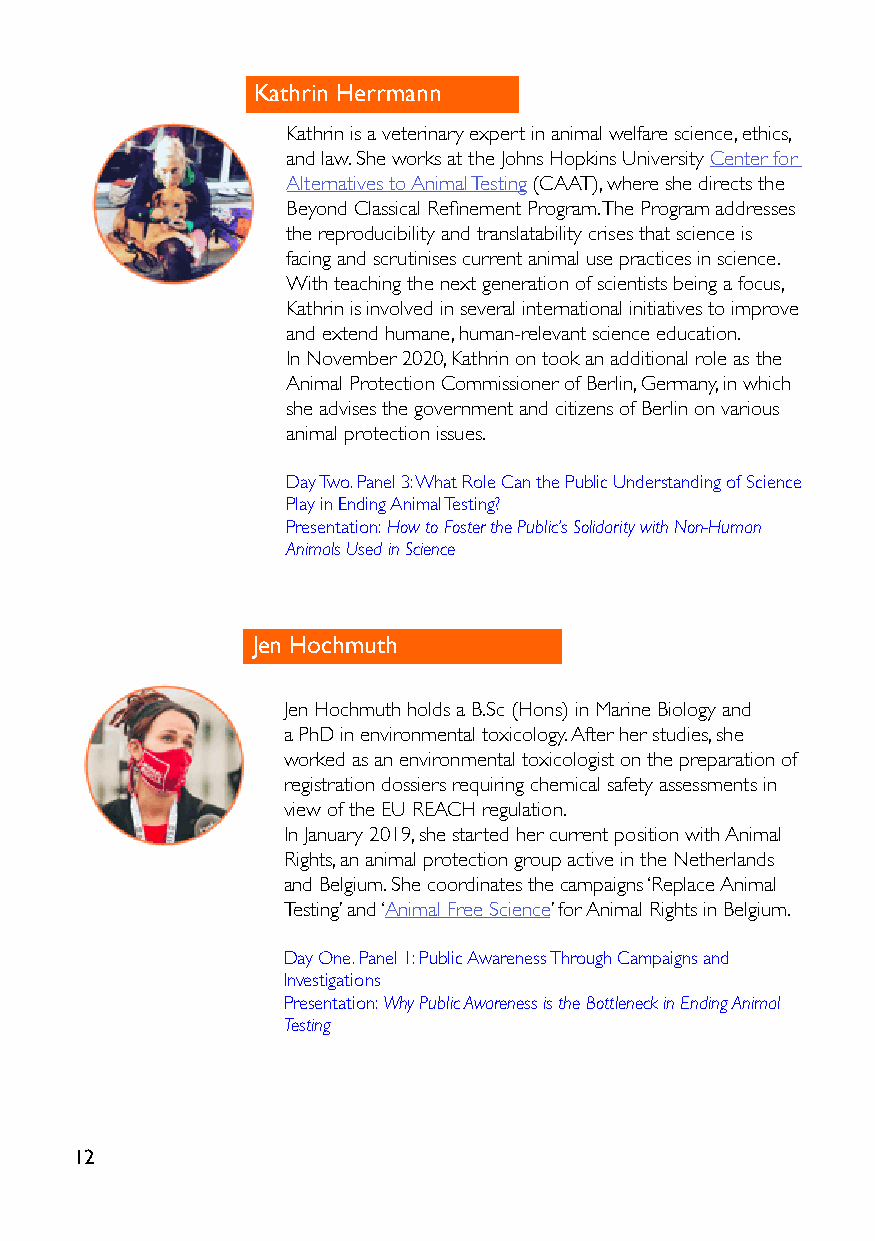
Kathrin Herrmann
 Kathrin is a veterinary expert in animal welfare science, ethics,
 and law. She works at the Johns Hopkins University Center for
 Alternatives to Animal Testing (CAAT), where she directs the
 Beyond Classical Refinement Program. The Program addresses
 the reproducibility and translatability crises that science is
 facing and scrutinises current animal use practices in science.
 With teaching the next generation of scientists being a focus,
 Kathrin is involved in several international initiatives to improve
 and extend humane, human-relevant science education.
 In November 2020, Kathrin on took an additional role as the
 Animal Protection Commissioner of Berlin, Germany, in which
 she advises the government and citizens of Berlin on various
 animal protection issues.
 Day Two. Panel 3: What Role Can the Public Understanding of Science
 Play in Ending Animal Testing?
 Presentation: How to Foster the Public’s Solidarity with Non-Human
 Animals Used in Science
 Jen Hochmuth
 Jen Hochmuth holds a B.Sc (Hons) in Marine Biology and
 a PhD in environmental toxicology. After her studies, she
 worked as an environmental toxicologist on the preparation of
 registration dossiers requiring chemical safety assessments in
 view of the EU REACH regulation.
 In January 2019, she started her current position with Animal
 Rights, an animal protection group active in the Netherlands
 and Belgium. She coordinates the campaigns ‘Replace Animal
 Testing’ and ‘Animal Free Science’ for Animal Rights in Belgium.
 Day One. Panel 1: Public Awareness Through Campaigns and
 Investigations
 Presentation: Why Public Awareness is the Bottleneck in Ending Animal
 Testing
 12